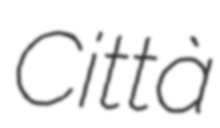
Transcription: Città